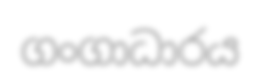
ගංගාධාරය